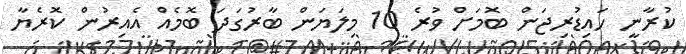
ކުރާނީ ހައިޑުރިޖަން ބޮމަށް ވުރެ 10 މިލަޔަން ބާރުގަދަ ބޮމެއް އެއިރުން ކޮރެޔާ